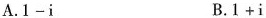
A.$$1-i$$ B.$$1+i$$